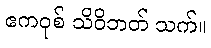
ဧကဝုစ် သိဝိဘတ် သက်။